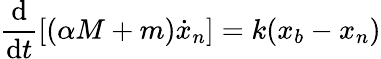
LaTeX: \frac{\textrm{d}}{\textrm{d}t}\left[(\alpha M+m)\dot{x}_{n}\right]=k(x_{b}-x_{n})